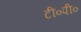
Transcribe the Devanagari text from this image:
टी०पी०